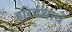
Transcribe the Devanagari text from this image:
हरिवंशाचें